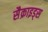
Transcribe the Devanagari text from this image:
सैक्राइड्स